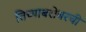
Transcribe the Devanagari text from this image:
तिच्याबरोबरची